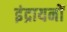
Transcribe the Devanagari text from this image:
इंद्रायनों